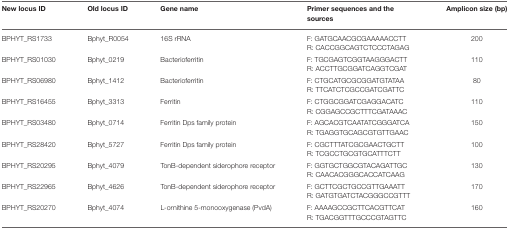
| New locus ID | Old locus ID | Gene name | Primer sequences and the sources | Amplicon size (bp) |
 | --- | --- | --- | --- | --- |
 | BPHYT_RS1733 | Bphyt_R0054 | 16S rRNA | F: GATGCAACGCGAAAAACCTTR: CACCGGCAGTCTCCCTAGAG | 200 |
 | BPHYT_RS01030 | Bphyt_0219 | Bacterioferritin | F: TGCGAGTCGGTAAGGGACTTR: ACCTTGCGGATCAGGTCGAT | 110 |
 | BPHYT_RS06980 | Bphyt_1412 | Bacterioferritin | F: CTGCATGCGCGGATGTATAAR: TTCATCTCGCCGATCGATTC | 80 |
 | BPHYT_RS16455 | Bphyt_3313 | Ferritin | F: CTGGCGGATCGAGGACATCR: CGGAGCCGCTTTCGATAAAC | 110 |
 | BPHYT_RS03480 | Bphyt_0714 | Ferritin Dps family protein | F: AGCACGTCAATATCGGGATCAR: TGAGGTGCAGCGTGTTGAAC | 150 |
 | BPHYT_RS28420 | Bphyt_5727 | Ferritin Dps family protein | F: CGCTTTATCGCGAACTGCTTR: TCGCCTGCGTGCATTTCTT | 100 |
 | BPHYT_RS20295 | Bphyt_4079 | TonB-dependent siderophore receptor | F: GGTGCTGGCGTACAGATTGCR: CAACACGGGCACCATCAAG | 130 |
 | BPHYT_RS22965 | Bphyt_4626 | TonB-dependent siderophore receptor | F: GCTTCGCTGCCGTTGAAATTR: GATGTGATCTACGGGCCGTTT | 170 |
 | BPHYT_RS20270 | Bphyt_4074 | L-ornithine 5-monooxygenase (PvdA) | F: AAAAGCCGCTTCACGTTCATR: TGACGGTTTGCCCGTAGTTC | 160 |